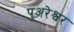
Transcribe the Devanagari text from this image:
पुअरेश्वर